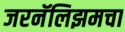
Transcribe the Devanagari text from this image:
जरनॅलिझमचा